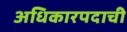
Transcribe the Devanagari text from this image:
अधिकारपदाची